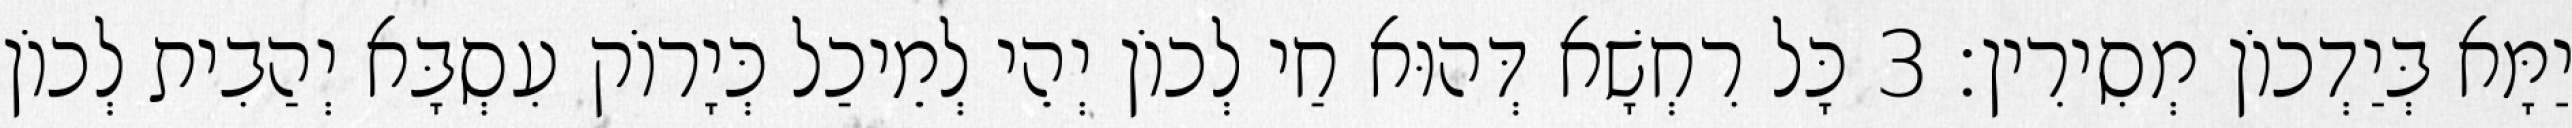
יַמָּא בְּיַדְכוֹן מְסִירִין׃ 3 כָּל רִחְשָׁא דְּהוּא חַי לְכוֹן יְהֵי לְמֵיכַל כְּיָרוֹק עִסְבָּא יְהַבִית לְכוֹן